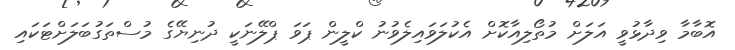
އޮބާމާ ވިދާޅުވީ އަލަށް މުތޯލިއާކޮށް އެކުލަވައިލެވުނު ކްލީން ޕަވަ ޕްލޭނަކީ ދުނިޔޭގެ މުސްތަގުބަލަށްޓަކައި